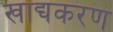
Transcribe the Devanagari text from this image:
खाद्यकरण